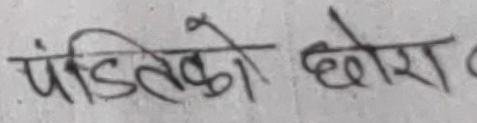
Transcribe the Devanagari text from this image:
पंंडितको छोरा